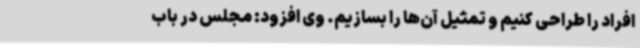
افراد را طراحی کنیم و تمثیل آن‌ها را بسازیم. وی افزود: مجلس در باب